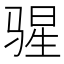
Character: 𬴄